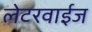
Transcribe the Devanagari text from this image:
लेटरवाईज